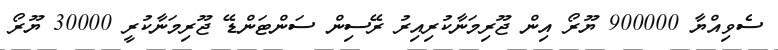
ސެވިއްޔާ 900000 ޔޫރޯ އިން ޖޫރިމަނާކުރިއިރު ރޭސިން ސަންޓަންޑޭ ޖޫރިމަނާކުރީ 30000 ޔޫރޯ